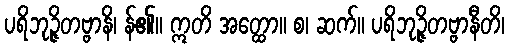
ပရိဘုဉ္ဇိတဗ္ဗာနိ၊ န်၏။ ဣတိ အတ္ထော။ စ၊ ဆက်။ ပရိဘုဉ္ဇိတဗ္ဗာနီတိ၊